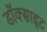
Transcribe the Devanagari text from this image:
डॉक्साइट